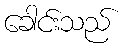
ခေါင်းသည်